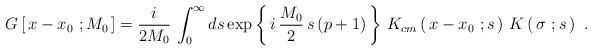
LaTeX: \begin{align*}G\left[\, x- x_0\ ; M_0\, \right]= {i\over 2M_0}\, \int_0^\infty ds\exp\left\{\, i\, {M_0\over 2}\, s\, (p+1)\, \right\}\,K_{cm}\left(\, x-x_0\ ; s\, \right)\, K\left(\, \sigma\ ; s\,\right)\ .\end{align*}